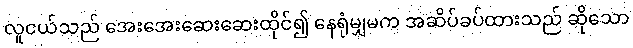
လူငယ်သည် အေးအေးဆေးဆေးထိုင်၍ နေရုံမျှမက အဆိပ်ခပ်ထားသည် ဆိုသော